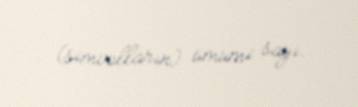
(simvolların) ümumi sayı.